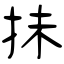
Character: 抺